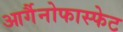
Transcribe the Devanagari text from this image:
आर्गैनोफास्फेट